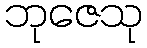
ဘုဇေသု